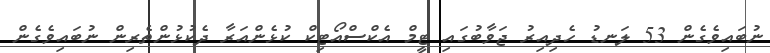
ނުބައިވެގެން 53 ލަނޑު ހެދިއިރު ޖަވާބުގައި ޓީމް އެކްސްއޯޓިކް ކުޅެންއަރާ ދެކުޅުންތެރިން ނުބައިވެގެން